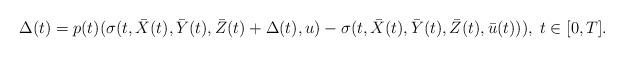
LaTeX: \begin{align*}\Delta(t)=p(t)(\sigma(t,\bar{X}(t),\bar{Y}(t),\bar{Z}(t)+\Delta(t),u)-\sigma(t,\bar{X}(t),\bar{Y}(t),\bar{Z}(t),\bar{u}(t))),\;t\in\lbrack0,T].\end{align*}